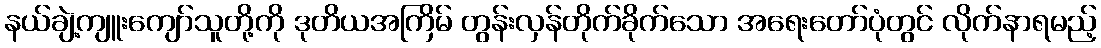
နယ်ချဲ့ကျူးကျော်သူတို့ကို ဒုတိယအကြိမ် တွန်းလှန်တိုက်ခိုက်သော အရေးတော်ပုံတွင် လိုက်နာရမည့်